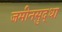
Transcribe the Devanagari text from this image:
जमीनसुद्धा